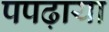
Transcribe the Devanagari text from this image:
पपढ़ाया